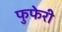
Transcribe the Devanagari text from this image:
फुफेरी